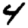
Digit: 4